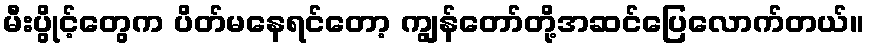
မီးပွိုင့်တွေက ပိတ်မနေရင်တော့ ကျွန်တော်တို့အဆင်ပြေလောက်တယ်။